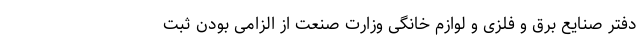
دفتر صنایع برق و فلزی و لوازم خانگی وزارت صنعت از الزامی بودن ثبت